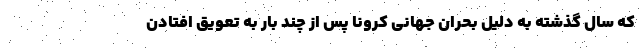
که سال گذشته به دلیل بحران جهانی کرونا پس از چند بار به تعویق افتادن